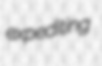
expediting